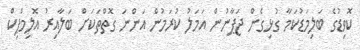
ކޮވިޑުގެ ބަލިމަޑުކަމާ ގުޅިގެން ޖަޕާނުން އަމަލު ކުރަމުން އަންނަ ގޮތްތަކަށް ބަލާއިރު އޮލިމްޕިކް